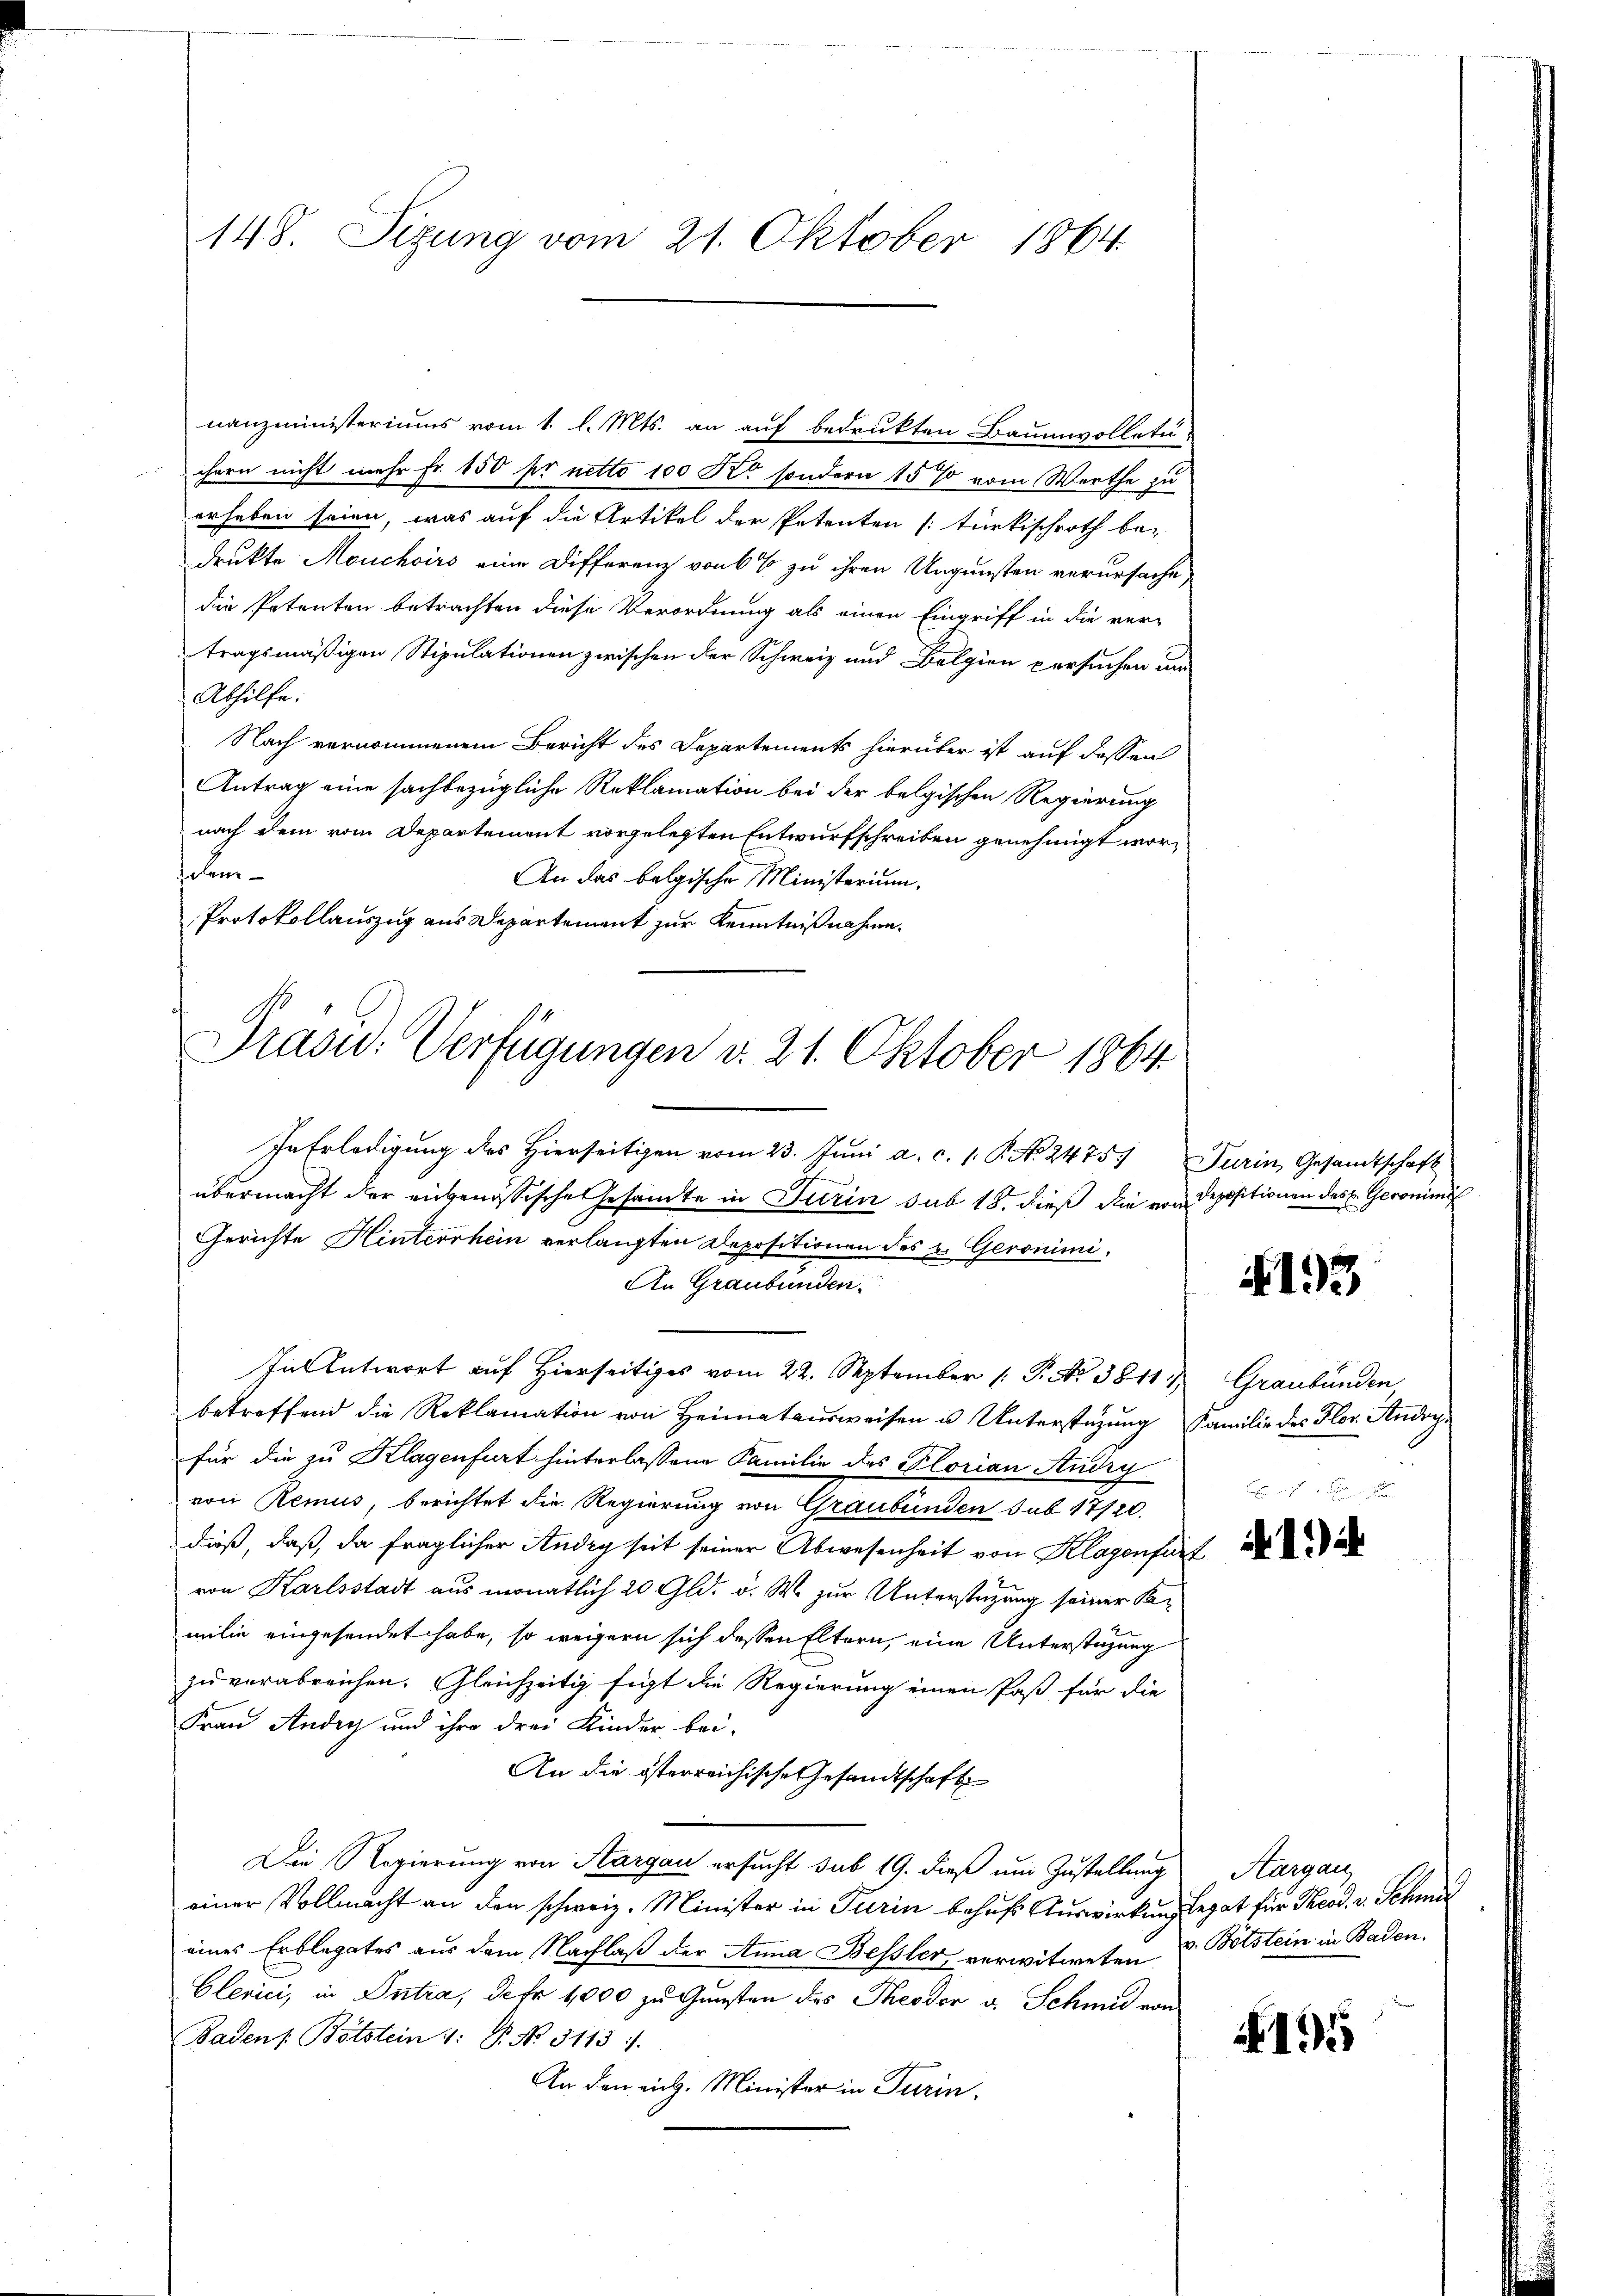
148. Sizung vom 21. Oktober 1864

nanzministeriums vom 1. l. Mts. an auf bedrükten Baumwolletu-
chern nicht mehr Fr. 150 fr netto 100 Ro. sondern 15 % vom Werthe zu
erheben seien, was auf die Artikel der Petenten /: türkischroth bedrukte Mouchoirs eine Differenz von 6 % zu ihren Ungunsten verursache,
die Petenten betrachten diese Verordnung als einen Eingriff in die ver-
tragsmäßigen Stipulationen zwischen der Schweiz und Belgien versuchen un
Abhilfe.
Nach vernommenem Bericht des Departements hierüber ist auf dassen
Antrag eine sachbezügliche Reklamation bei der belgischen Regierung
nach dem vom Departement vorgelegten Entwurfschreiben genehmigt worselem
An das belgische Ministerium,
Protokollauszug aus Departement zur Kenntnißnahme.
Präsid. Verfügungen d. 21. Oktober 1864

In Erledigung des Hierseitigen vom 23. Juni a. c. 1. P. No. 2475) Turin Gesandtschaft
übermacht der engenössische Gesamte in Turin sub 18. dieß die von Depositionen des E. Geronimus
Gerichte Hinterrhein verlangten Depositionen des u. Geronimi
An Graubünden
In Antwort auf Hierseitiges vom 22. September 1 P. No 3811. Graubünden
betreffend die Reklamation von Heimatausweisen u Unterstüzung Familie des Flor. Andrechfür die zu Klagenfurt hinterlassene Familie des Florian Andry
von Remus, berichtet die Regierung von Graubünden sub 17720.
dieß, daß, da fraglicher Andig seit seiner Abwesenheit von Klagenfurt
von Karlsstadt aus monatlich 20 Gld. v. M. zur Unterstüzung seiner Remilie eingesendet habe, so wegern sich dessen Eltern, eine Unterstüzung
zu verabreichen. Gleichzeitig fügt die Regierung einen Paß für die
Frau Andig und ihre drei Kinder bei-
An die österreichische Gesandtschaft
Die Regierung von Aargau ersucht sub 19. dieß um Zustellung
einer Vollmacht an den schweiz. Minister in Turin behufs Auswirkung legat für Theod. v. Schmi
eines Erblegates aus dem Nachlaß der Anna Bessler, verwitweten u. Bötstein in Baden,
Clerici, in Intra, der 1000 zu Gunsten des Theodor u. Schmid von
Badens Bötstein 1: P. No. 3113.
An den rich. Minister in Turin,

193

Aargau,

195